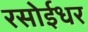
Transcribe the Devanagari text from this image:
रसोईधर